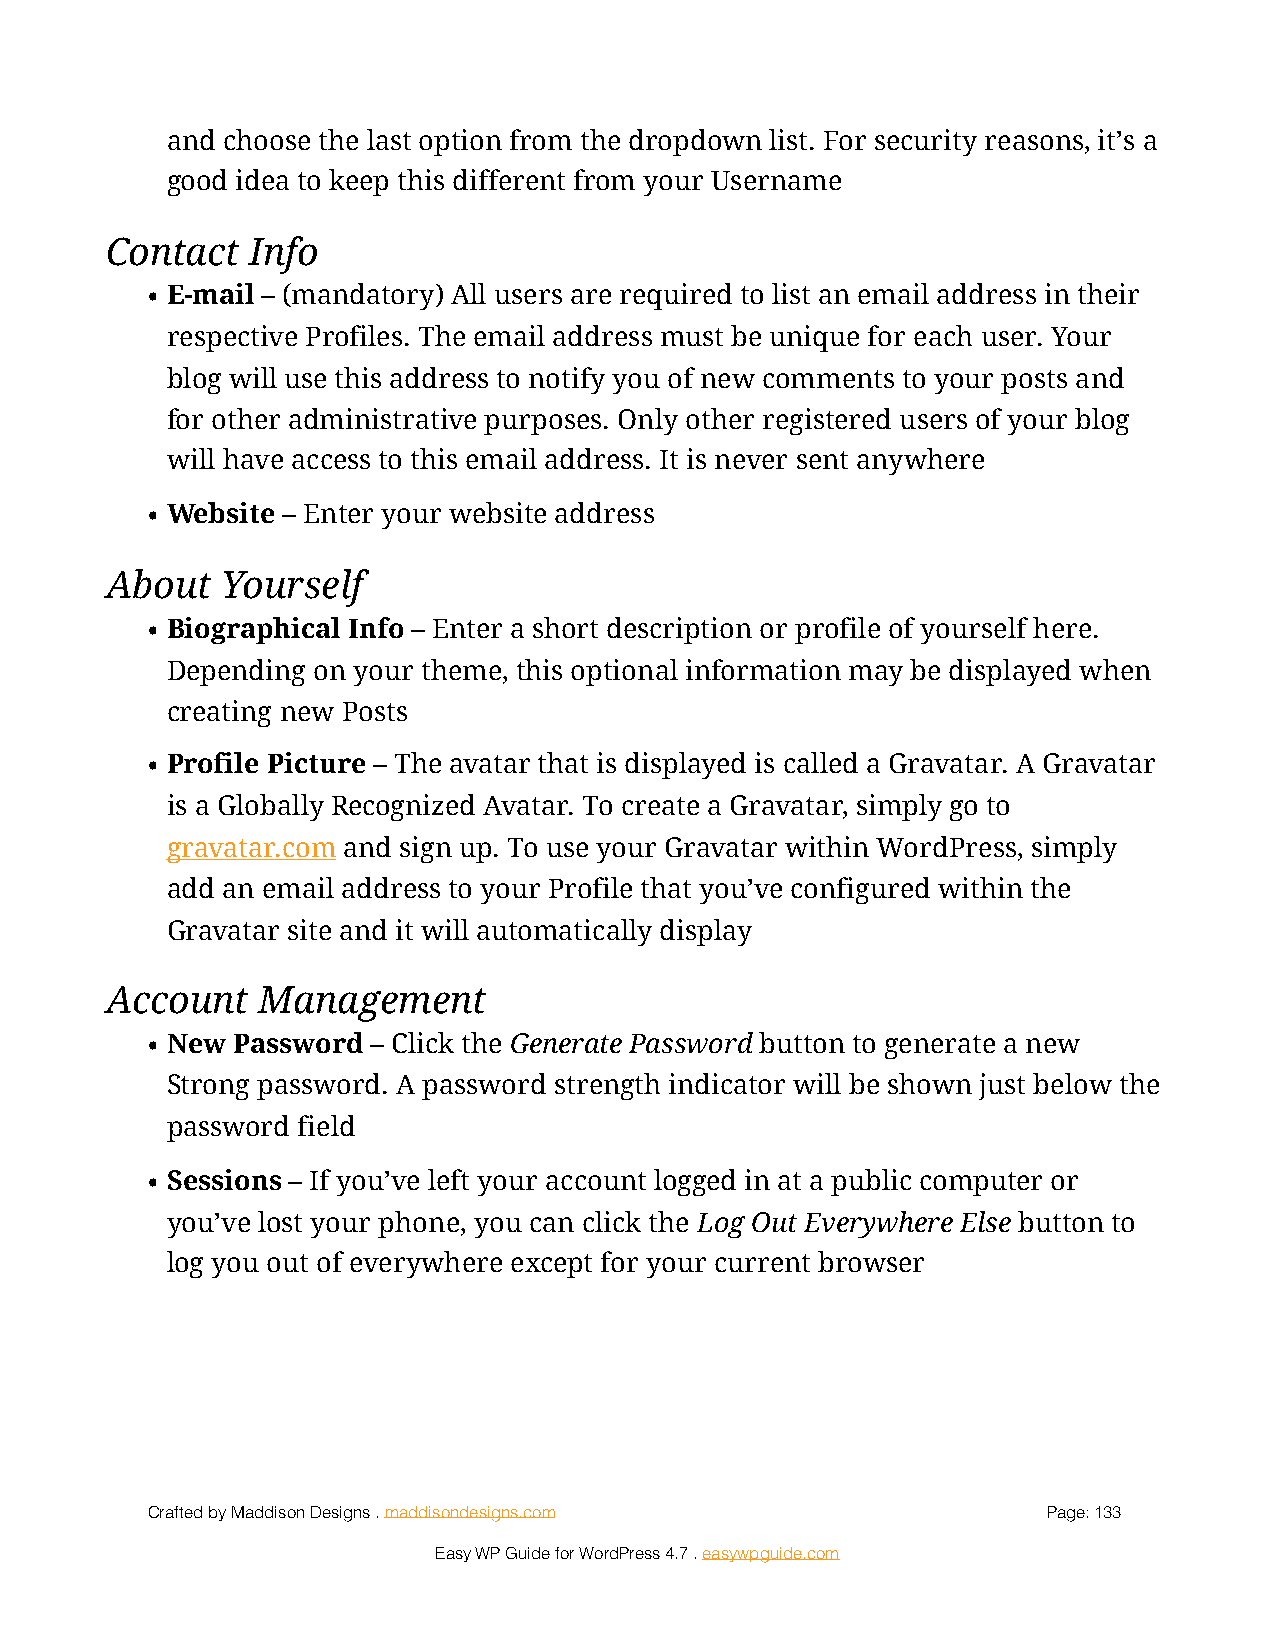
and choose the last option from the dropdown list. For security reasons, it’s a
 good idea to keep this different from your Username
 Contact   Info
 • E-mail – (mandatory) All users are required to list an email address in their
 respective Profiles. The email address must be unique for each user. Your
 blog will use this address to notify you of new comments to your posts and
 for other administrative purposes. Only other registered users of your blog
 will have access to this email address. It is never sent anywhere
 • Website – Enter your website address
 About   Yourself
 • Biographical Info – Enter a short description or profile of yourself here.
 Depending on your theme, this optional information may be displayed when
 creating new Posts
 • Profile Picture – The avatar that is displayed is called a Gravatar. A Gravatar
 is a Globally Recognized Avatar. To create a Gravatar, simply go to
 gravatar.com and sign up. To use your Gravatar within WordPress, simply
 add an email address to your Profile that you’ve configured within the
 Gravatar site and it will automatically display
 Account   Management
 • New Password – Click the Generate Password button to generate a new
 Strong password. A password strength indicator will be shown just below the
 password field
 • Sessions – If you’ve left your account logged in at a public computer or
 you’ve lost your phone, you can click the Log Out Everywhere Else button to
 log you out of everywhere except for your current browser
 Crafted by Maddison Designs . maddisondesigns.com          Page: 1 33
 Easy WP Guide for WordPress 4.7 . easywpguide.com